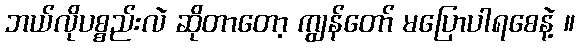
ဘယ်လိုပစ္စည်းလဲ ဆိုတာတော့ ကျွန်တော် မပြောပါရစေနဲ့ ။